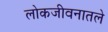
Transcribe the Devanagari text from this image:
लोकजीवनातले